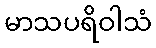
မာသပရိဝါသံ